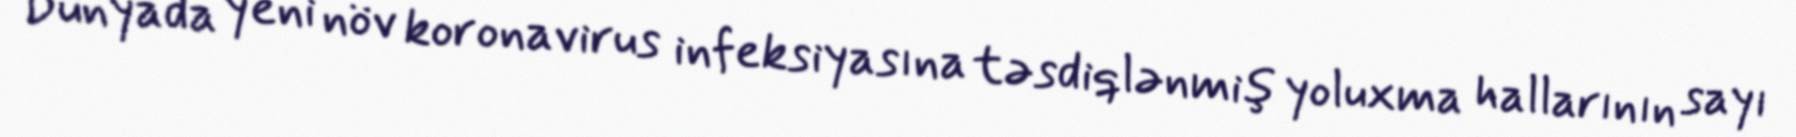
Dünyada yeni növ koronavirus infeksiyasına təsdiqlənmiş yoluxma hallarının sayı